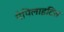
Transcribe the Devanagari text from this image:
पैपिलाइटिस